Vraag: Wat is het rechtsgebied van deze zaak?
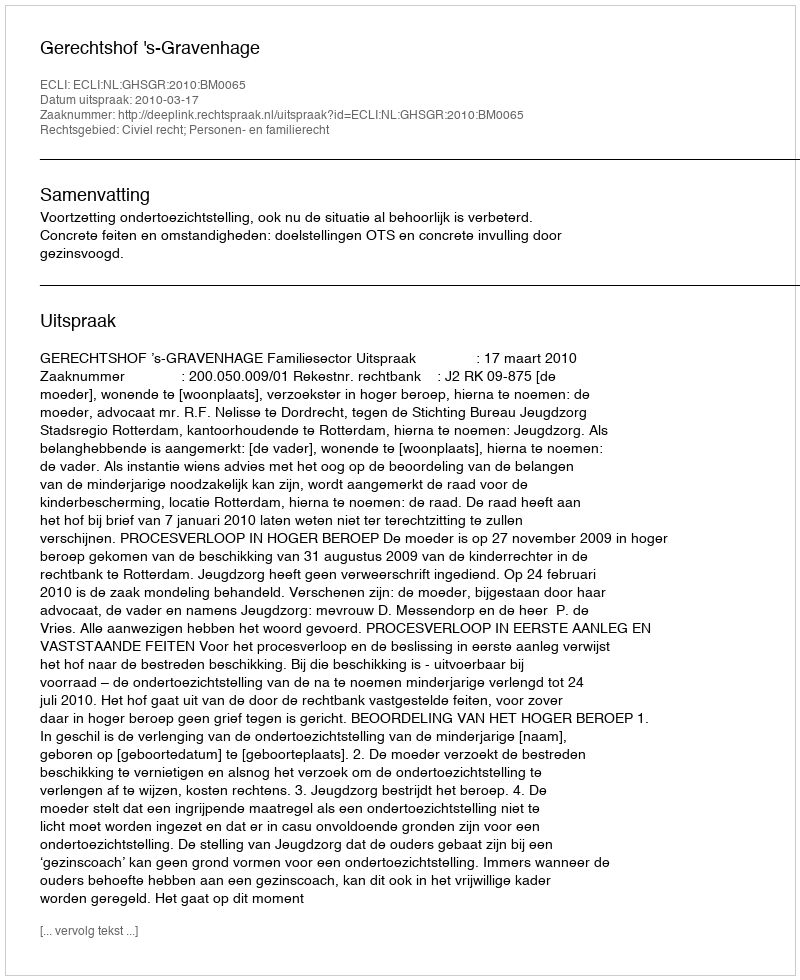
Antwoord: Civiel recht; Personen- en familierecht